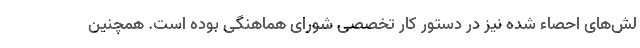
لش‌های احصاء شده نیز در دستور کار تخصصی شورای هماهنگی بوده است. همچنین